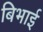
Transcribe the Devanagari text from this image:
बिभाई